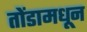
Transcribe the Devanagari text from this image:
तोंडामधून